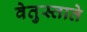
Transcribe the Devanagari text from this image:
वेतुस्ताते